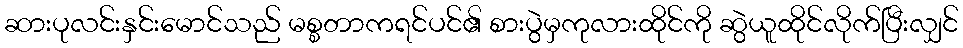
ဆားပုလင်းနှင်းမောင်သည် မစ္စတာကရင်ပင်၏ စားပွဲမှကုလားထိုင်ကို ဆွဲယူထိုင်လိုက်ပြီးလျှင်